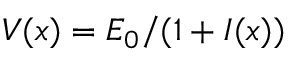
V ( x ) = E _ { 0 } / ( 1 + I ( x ) )